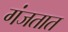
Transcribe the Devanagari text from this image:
गंजतात